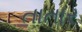
તાતાર